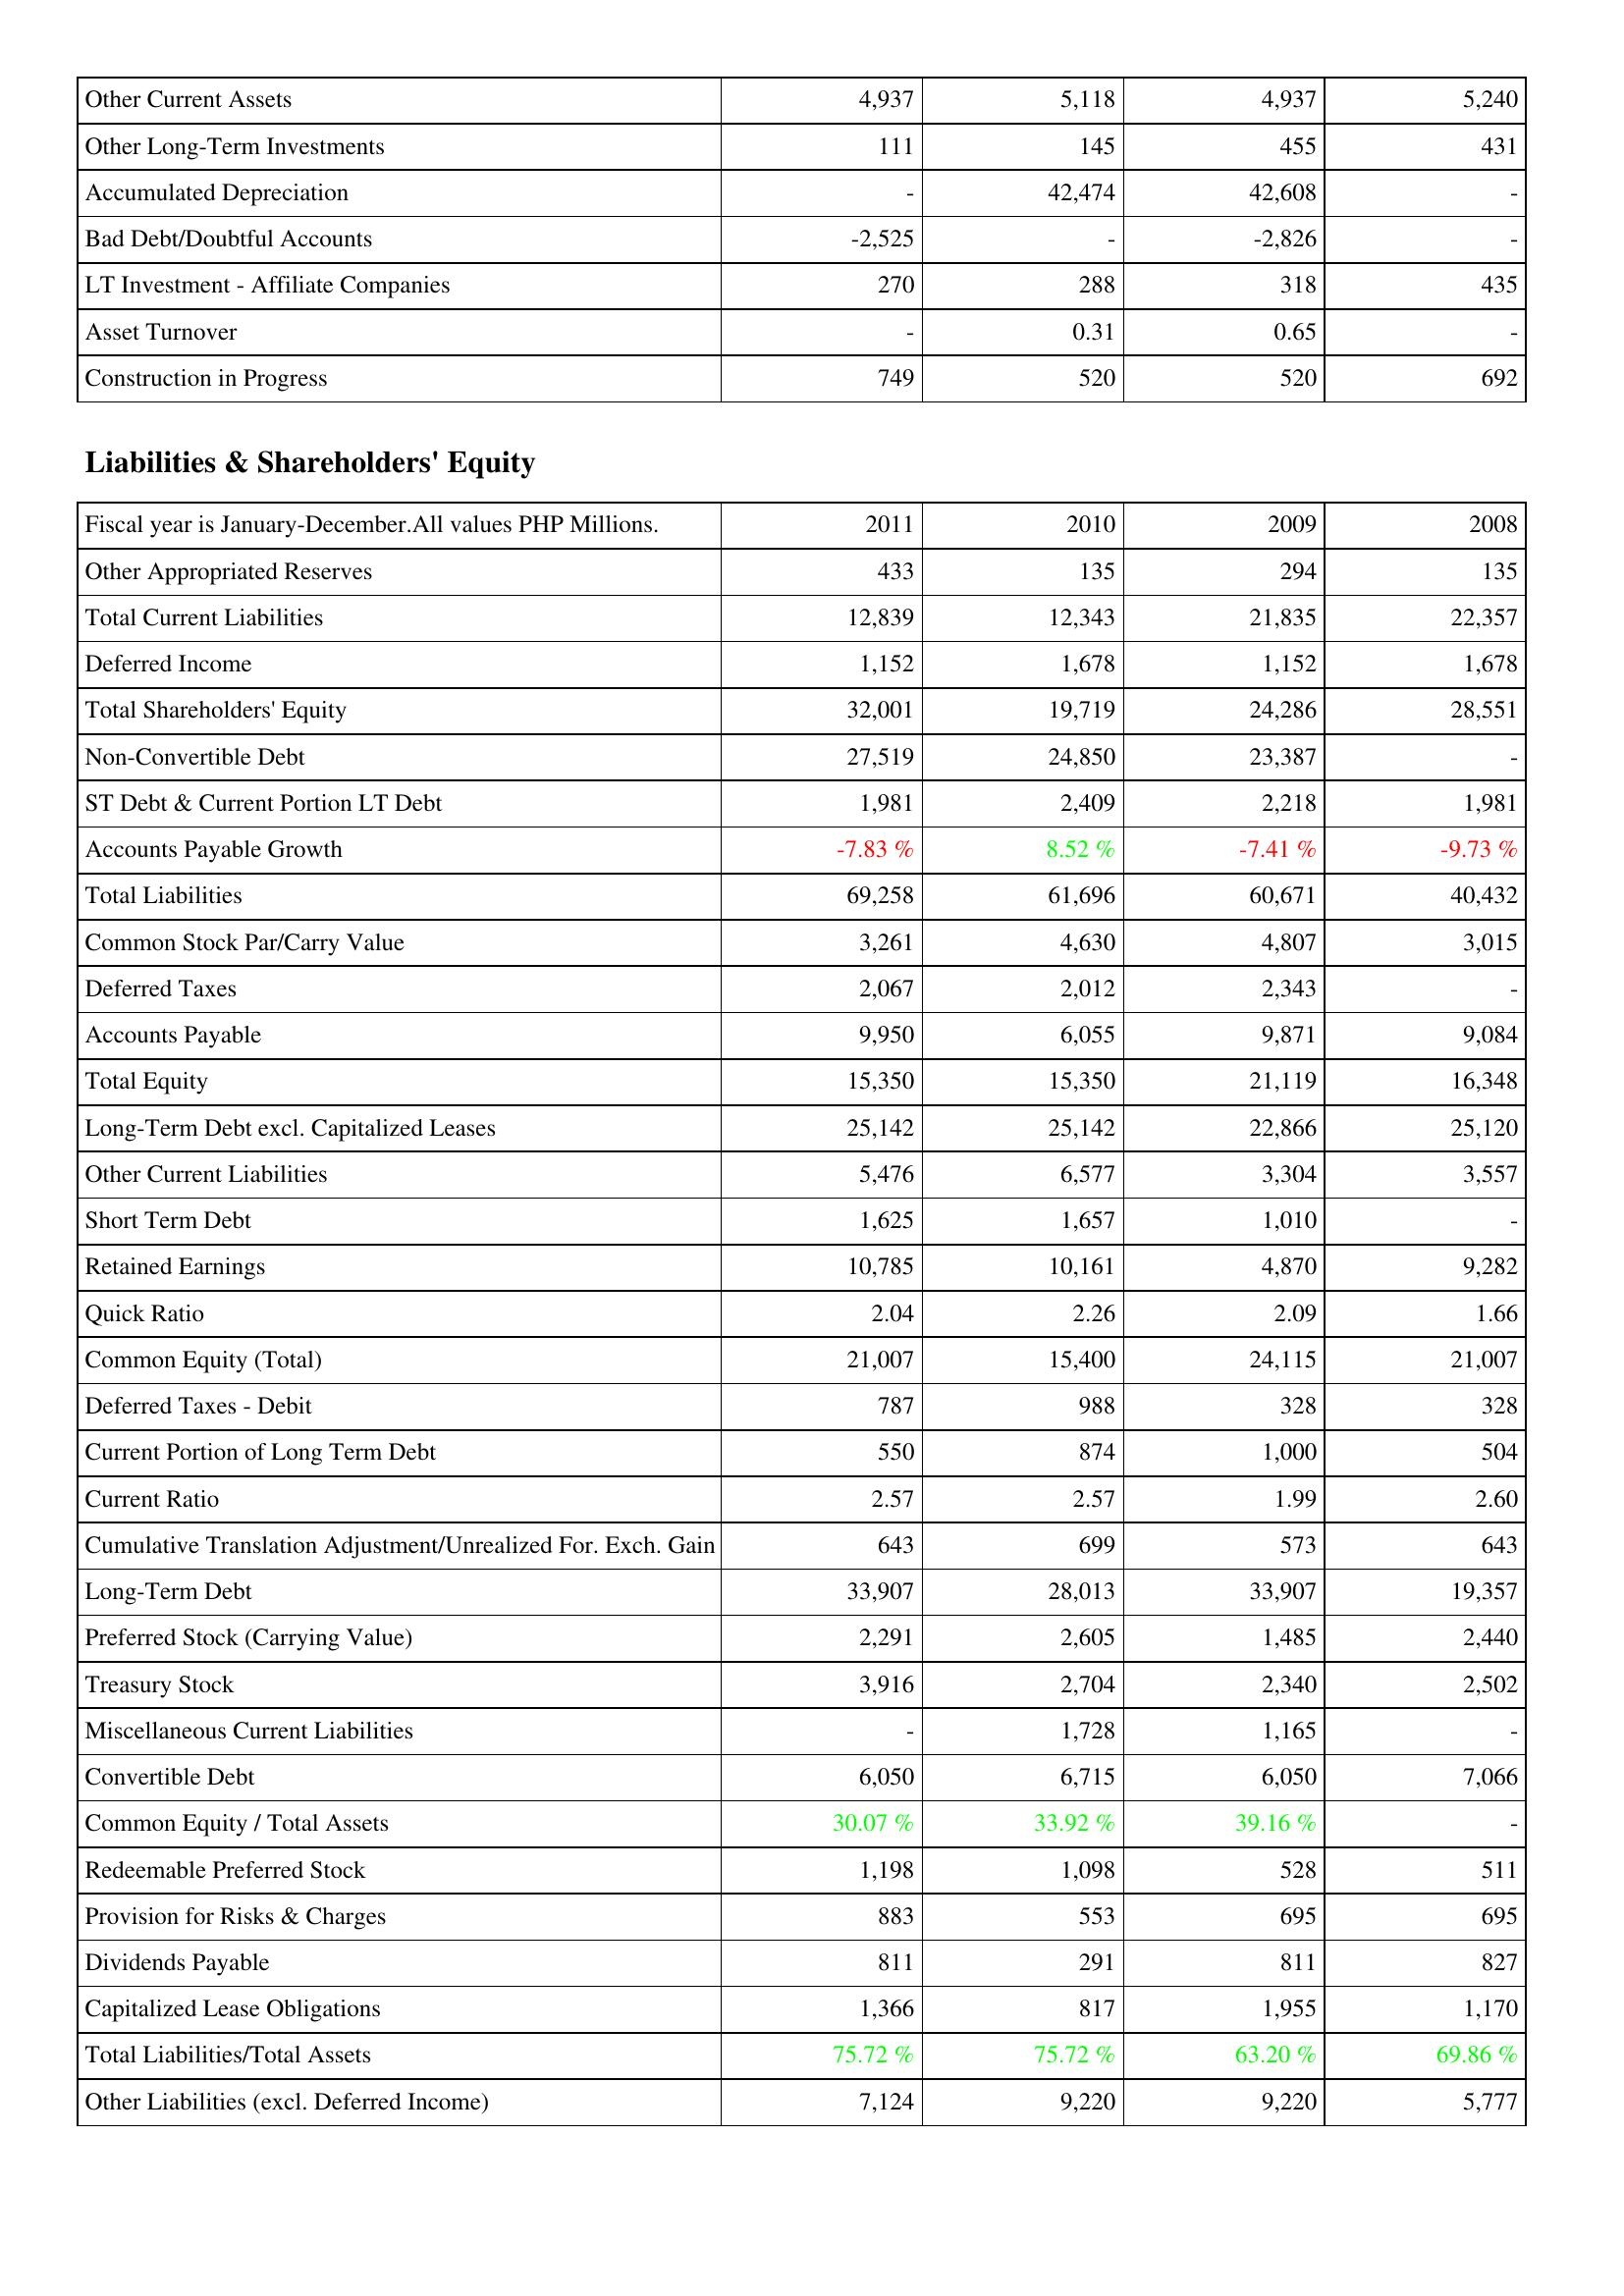
2011: Assets: Other Current Assets: 4,937
Other Long-Term Investments: 111
Accumulated Depreciation: -
Bad Debt/Doubtful Accounts: -2,525
LT Investment - Affiliate Companies: 270
Asset Turnover: -
Construction in Progress: 749
Liabilities & Shareholders' Equity: Other Appropriated Reserves: 433
Total Current Liabilities: 12,839
Deferred Income: 1,152
Total Shareholders' Equity: 32,001
Non-Convertible Debt: 27,519
ST Debt & Current Portion LT Debt: 1,981
Accounts Payable Growth: -7.83 %
Total Liabilities: 69,258
Common Stock Par/Carry Value: 3,261
Deferred Taxes: 2,067
Accounts Payable: 9,950
Total Equity: 15,350
Long-Term Debt excl. Capitalized Leases: 25,142
Other Current Liabilities: 5,476
Short Term Debt: 1,625
Retained Earnings: 10,785
Quick Ratio: 2.04
Common Equity (Total): 21,007
Deferred Taxes - Debit: 787
Current Portion of Long Term Debt: 550
Current Ratio: 2.57
Cumulative Translation Adjustment/Unrealized For. Exch. Gain: 643
Long-Term Debt: 33,907
Preferred Stock (Carrying Value): 2,291
Treasury Stock: 3,916
Miscellaneous Current Liabilities: -
Convertible Debt: 6,050
Common Equity / Total Assets: 30.07 %
Redeemable Preferred Stock: 1,198
Provision for Risks & Charges: 883
Dividends Payable: 811
Capitalized Lease Obligations: 1,366
Total Liabilities/Total Assets: 75.72 %
Other Liabilities (excl. Deferred Income): 7,124
2010: Assets: Other Current Assets: 5,118
Other Long-Term Investments: 145
Accumulated Depreciation: 42,474
Bad Debt/Doubtful Accounts: -
LT Investment - Affiliate Companies: 288
Asset Turnover: 0.31
Construction in Progress: 520
Liabilities & Shareholders' Equity: Other Appropriated Reserves: 135
Total Current Liabilities: 12,343
Deferred Income: 1,678
Total Shareholders' Equity: 19,719
Non-Convertible Debt: 24,850
ST Debt & Current Portion LT Debt: 2,409
Accounts Payable Growth: 8.52 %
Total Liabilities: 61,696
Common Stock Par/Carry Value: 4,630
Deferred Taxes: 2,012
Accounts Payable: 6,055
Total Equity: 15,350
Long-Term Debt excl. Capitalized Leases: 25,142
Other Current Liabilities: 6,577
Short Term Debt: 1,657
Retained Earnings: 10,161
Quick Ratio: 2.26
Common Equity (Total): 15,400
Deferred Taxes - Debit: 988
Current Portion of Long Term Debt: 874
Current Ratio: 2.57
Cumulative Translation Adjustment/Unrealized For. Exch. Gain: 699
Long-Term Debt: 28,013
Preferred Stock (Carrying Value): 2,605
Treasury Stock: 2,704
Miscellaneous Current Liabilities: 1,728
Convertible Debt: 6,715
Common Equity / Total Assets: 33.92 %
Redeemable Preferred Stock: 1,098
Provision for Risks & Charges: 553
Dividends Payable: 291
Capitalized Lease Obligations: 817
Total Liabilities/Total Assets: 75.72 %
Other Liabilities (excl. Deferred Income): 9,220
2009: Assets: Other Current Assets: 4,937
Other Long-Term Investments: 455
Accumulated Depreciation: 42,608
Bad Debt/Doubtful Accounts: -2,826
LT Investment - Affiliate Companies: 318
Asset Turnover: 0.65
Construction in Progress: 520
Liabilities & Shareholders' Equity: Other Appropriated Reserves: 294
Total Current Liabilities: 21,835
Deferred Income: 1,152
Total Shareholders' Equity: 24,286
Non-Convertible Debt: 23,387
ST Debt & Current Portion LT Debt: 2,218
Accounts Payable Growth: -7.41 %
Total Liabilities: 60,671
Common Stock Par/Carry Value: 4,807
Deferred Taxes: 2,343
Accounts Payable: 9,871
Total Equity: 21,119
Long-Term Debt excl. Capitalized Leases: 22,866
Other Current Liabilities: 3,304
Short Term Debt: 1,010
Retained Earnings: 4,870
Quick Ratio: 2.09
Common Equity (Total): 24,115
Deferred Taxes - Debit: 328
Current Portion of Long Term Debt: 1,000
Current Ratio: 1.99
Cumulative Translation Adjustment/Unrealized For. Exch. Gain: 573
Long-Term Debt: 33,907
Preferred Stock (Carrying Value): 1,485
Treasury Stock: 2,340
Miscellaneous Current Liabilities: 1,165
Convertible Debt: 6,050
Common Equity / Total Assets: 39.16 %
Redeemable Preferred Stock: 528
Provision for Risks & Charges: 695
Dividends Payable: 811
Capitalized Lease Obligations: 1,955
Total Liabilities/Total Assets: 63.20 %
Other Liabilities (excl. Deferred Income): 9,220
2008: Assets: Other Current Assets: 5,240
Other Long-Term Investments: 431
Accumulated Depreciation: -
Bad Debt/Doubtful Accounts: -
LT Investment - Affiliate Companies: 435
Asset Turnover: -
Construction in Progress: 692
Liabilities & Shareholders' Equity: Other Appropriated Reserves: 135
Total Current Liabilities: 22,357
Deferred Income: 1,678
Total Shareholders' Equity: 28,551
Non-Convertible Debt: -
ST Debt & Current Portion LT Debt: 1,981
Accounts Payable Growth: -9.73 %
Total Liabilities: 40,432
Common Stock Par/Carry Value: 3,015
Deferred Taxes: -
Accounts Payable: 9,084
Total Equity: 16,348
Long-Term Debt excl. Capitalized Leases: 25,120
Other Current Liabilities: 3,557
Short Term Debt: -
Retained Earnings: 9,282
Quick Ratio: 1.66
Common Equity (Total): 21,007
Deferred Taxes - Debit: 328
Current Portion of Long Term Debt: 504
Current Ratio: 2.60
Cumulative Translation Adjustment/Unrealized For. Exch. Gain: 643
Long-Term Debt: 19,357
Preferred Stock (Carrying Value): 2,440
Treasury Stock: 2,502
Miscellaneous Current Liabilities: -
Convertible Debt: 7,066
Common Equity / Total Assets: -
Redeemable Preferred Stock: 511
Provision for Risks & Charges: 695
Dividends Payable: 827
Capitalized Lease Obligations: 1,170
Total Liabilities/Total Assets: 69.86 %
Other Liabilities (excl. Deferred Income): 5,777